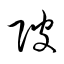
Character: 陂